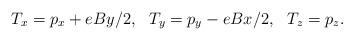
LaTeX: \begin{align*}T_x = p_x+eBy/2,~~T_y = p_y-eBx/2,~~T_z = p_z. \end{align*}